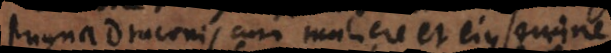
Pugna Draconis cum muliere et ejus semine